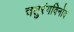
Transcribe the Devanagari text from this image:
चतुरंगविनोद